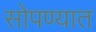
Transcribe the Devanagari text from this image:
सोपण्यात